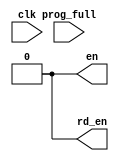
module ctrl( input prog_full, clk,
output reg en=0,
output reg rd_en=0,

    );


endmodule